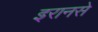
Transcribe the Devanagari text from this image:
इरानसे